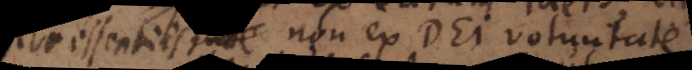
seu essentiis non ex Dei voluntate,